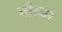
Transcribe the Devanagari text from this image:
बीरबर